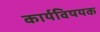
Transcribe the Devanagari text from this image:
कार्यविषयक